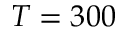
T = 3 0 0